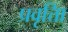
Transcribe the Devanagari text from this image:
प्रवृत्तिा